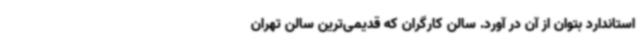
استاندارد بتوان از آن در آورد. سالن کارگران که قدیمی‌ترین سالن تهران